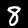
Label: 8